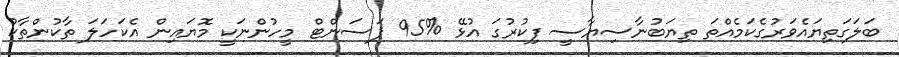
ބަލަގަތިޔައެވަރުގެކަމެއްތަ ތިޔަބުނާސިޔާސީ ފިކުރުގަ އުޅޭ %95 ޕަސަންޓް މީހުންނަކީ މޮޔައިން އެކަހަލަ ތާކުންތާކު